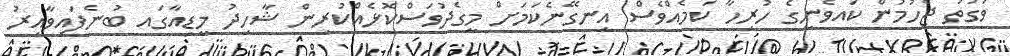
ވަގުތު ޖެހުމުން ކައވެނީގެ ހުރިހާ ކަމެއްވެސް އިނގޭނެކަމަށް މީގެދުވަސްކޮޅެއްކުރިން ޝާހިދު މީޑިއާގައ ބުނެފައިވާއިރު